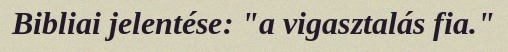
Bibliai jelentése: "a vigasztalás fia."